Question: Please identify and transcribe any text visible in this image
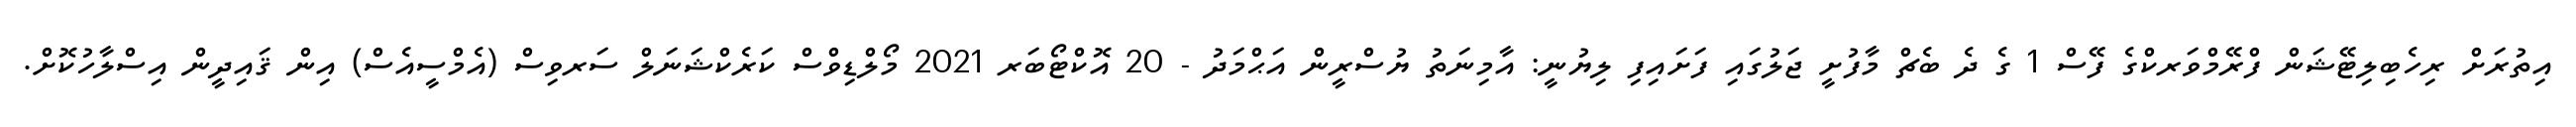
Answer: އިތުރަށް ރިހެބިލިޓޭޝަން ފްރޭމްވަރކްގެ ފޭސް 1 ގެ ދެ ބެޗް މާފުށީ ޖަލުގައި ފަށައިފި ލިޔުނީ: އާމިނަތު ޔުސްރީން އަޙްމަދު - 20 އޮކްޓޯބަރ 2021 މޯލްޑިވްސް ކަރެކްޝަނަލް ސަރވިސް (އެމްސީއެސް) އިން ޤައިދީން އިސްލާހުކޮށް.